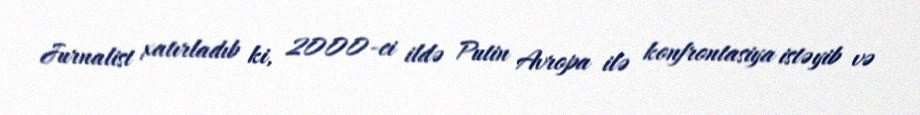
Jurnalist xatırladıb ki, 2000-ci ildə Putin Avropa ilə konfrontasiya istəyib və